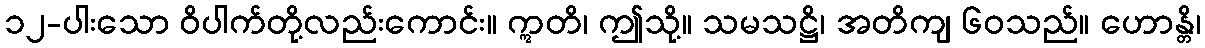
၁၂-ပါးသော ဝိပါက်တို့လည်းကောင်း။ ဣတိ၊ ဤသို့။ သမသဋ္ဌိ၊ အတိကျ ၆၀သည်။ ဟောန္တိ၊